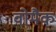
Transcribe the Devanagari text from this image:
वोमैक